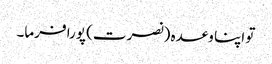
تو اپنا وعدہ (نصرت) پورا فرما۔